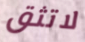
لاتثق